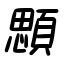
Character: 顋